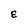
Character: E